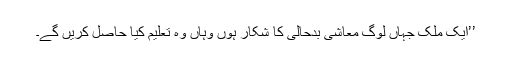
’’ایک ملک جہاں لوگ معاشی بدحالی کا شکار ہوں وہاں وہ تعلیم کیا حاصل کریں گے۔